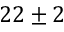
2 2 \pm 2